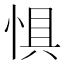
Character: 惧